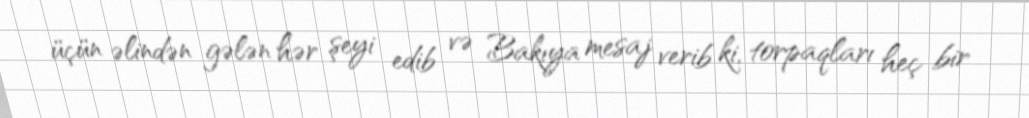
üçün əlindən gələn hər şeyi edib və Bakıya mesaj verib ki, torpaqları heç bir